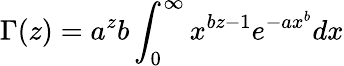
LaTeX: \Gamma(z)=a^{z}b\int_{0}^{\infty}x^{bz-1}e^{-ax^{b}}dx